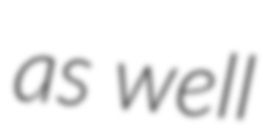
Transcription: as well